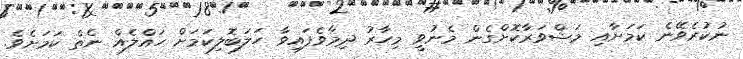
ނުކުރެވޭނެ ކަމަށާއި މަޝްވަރާކޮށްގެން މެނުވީ މިހާރު ދިމާވެފައިވާ ހަލަބޮލިކަމަށް ހައްލެއް ނެތް ކަމަށެވެ.